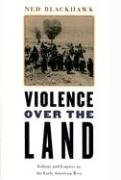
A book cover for Violence over the Land: Indians and Empires in the Early American West; Ned Blackhawk; History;